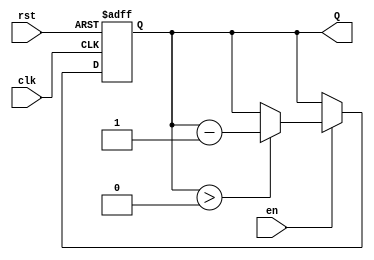
module binary_down_counter (
    input wire clk,       // Clock signal
    input wire rst,       // Asynchronous reset signal
    input wire en,        // Enable signal
    output reg [3:0] Q    // 4-bit output for the current count value
);

    // Define the maximum count value for a 4-bit counter
    localparam MAX_COUNT = 4'b1111; // 15 in decimal

    // Always block triggered on the rising edge of the clock
    always @(posedge clk or posedge rst) begin
        if (rst) begin
            // Reset the counter to the maximum count value
            Q <= MAX_COUNT;
        end else if (en) begin
            // Decrement the counter if enabled and not zero
            if (Q > 0) begin
                Q <= Q - 1;
            end
            // If Q is already 0, it remains at 0
        end
        // If en is low, Q remains unchanged (hold state)
    end

endmodule